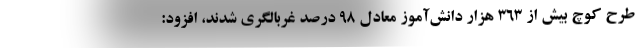
طرح کوچ بیش از ۳۶۳ هزار دانش‌آموز معادل ۹۸ درصد غربالگری شدند، افزود: